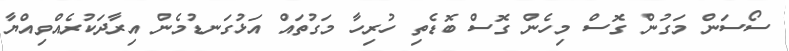
ސޯސަން މަގުން ގޮސް މިހެން ގޮސް ބޮޑެތި ހުރިހާ މަގުތައް އަޅުގަނޑުމެން އިރާދަކުރެއްވިއްޔާ